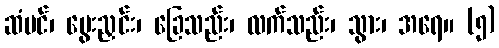
ဆံပင်၊ မွေးညှင်း၊ ခြေသည်း၊ လက်သည်း၊ သွား၊ အရေ။ (၅)